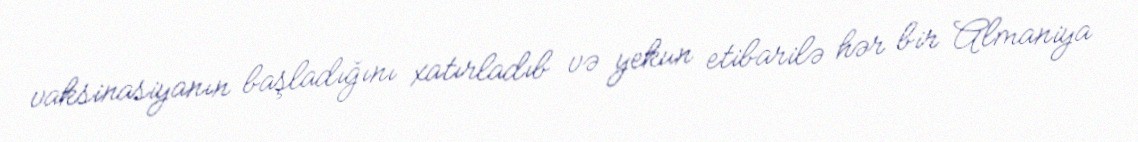
vaksinasiyanın başladığını xatırladıb və yekun etibarilə hər bir Almaniya